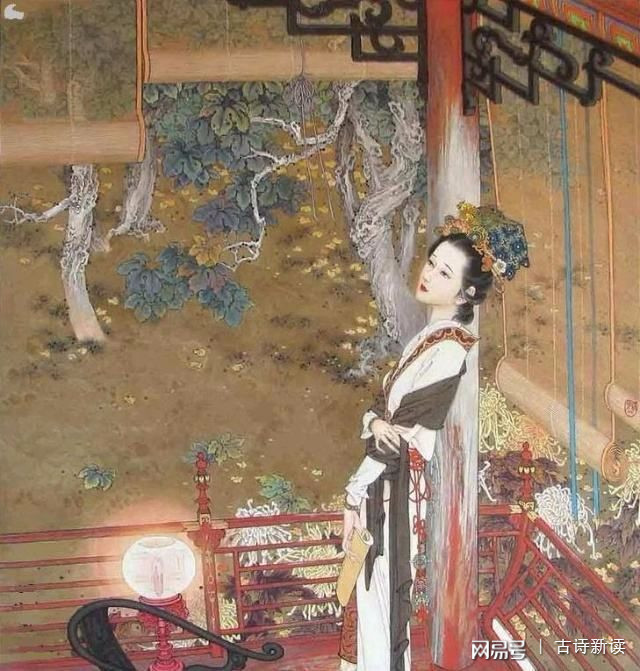
玉楼天半起笙歌，风送宫嫔笑语和。